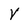
Character: V